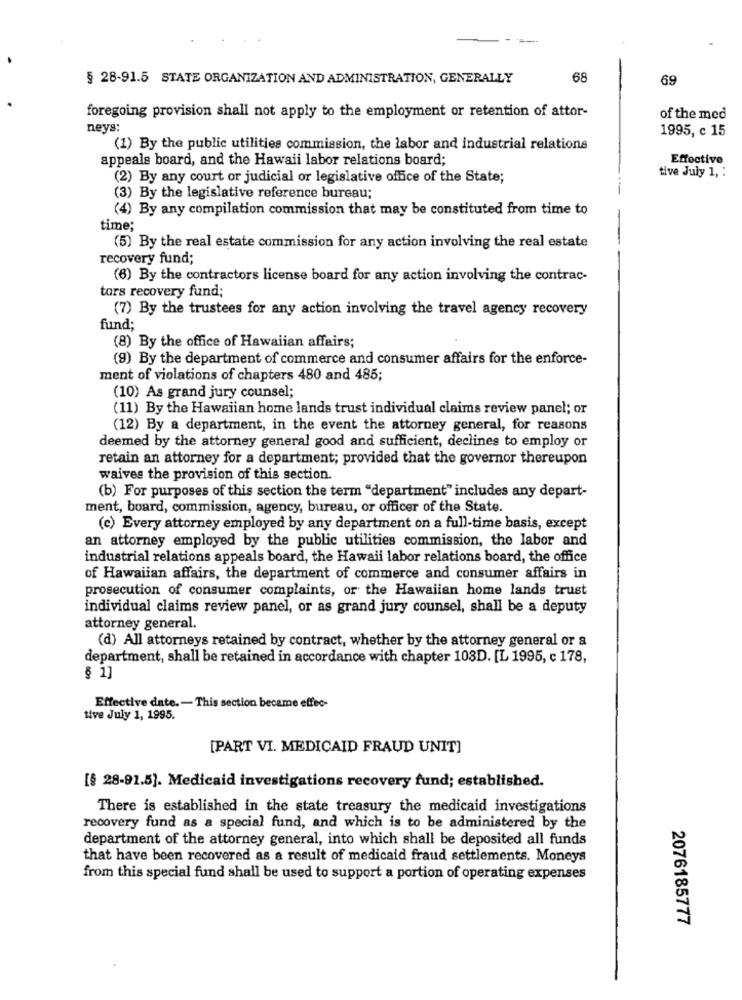
=-
§ 28-91.5 STATE ORGANIZATION AND ADMINISTRATION, GENERALLY
68
69
foregoing provision shall not apply to the employment or retention of attor-
of the med
neys:
1995, c 15
(1) By the public utilities commission, the labor and industrial relations
appeals board, and the Hawaii labor relations board;
Effective
tive July 1, :
(2) By any court or judicial or legislative office of the State;
(3) By the legislative reference bureau;
(4) By any compilation commission that may be constituted from time to
time;
(5) By the real estate commission for any action involving the real estate
recovery fund;
(6) By the contractors license board for any action involving the contrac-
tors recovery fund;
(7) By the trustees for any action involving the travel agency recovery
fund:
(8) By the office of Hawaiian affairs;
(9) By the department of commerce and consumer affairs for the enforce-
ment of violations of chapters 480 and 485;
(10) As grand jury counsel;
(11) By the Hawaiian home lands trust individual claims review panel; or
(12) By a department, in the event the attorney general, for reasons
deemed by the attorney general good and sufficient, declines to employ or
retain an attorney for a department; provided that the governor thereupon
waives the provision of this section.
(b) For purposes of this section the term "department" includes any depart-
ment, board, commission, agency, bureau, or officer of the State.
(e) Every attorney employed by any department on a full-time basis, except
an attorney employed by the public utilities commission, the labor and
industrial relations appeals board, the Hawaii labor relations board, the office
of Hawaiian affairs, the department of commerce and consumer affairs in
prosecution of consumer complaints, or the Hawaiian home lands trust
individual claims review panel, or as grand jury counsel, shall be a deputy
attorney general.
(d) All attorneys retained by contract, whether by the attorney general or a
department, shall be retained in accordance with chapter 108D. [L 1995, c 178,
§ 1]
Effective date .- This section became effec-
tive July 1, 1995.
[PART VI. MEDICAID FRAUD UNIT]
[§ 28-91.5]. Medicaid investigations recovery fund; established.
There is established in the state treasury the medicaid investigations
recovery fund as a special fund, and which is to be administered by the
department of the attorney general, into which shall be deposited all funds
that have been recovered as a result of medicaid fraud settlements. Moneys
from this special fund shall be used to support a portion of operating expenses
2076185777